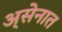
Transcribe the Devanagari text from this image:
अ्सेनात